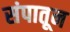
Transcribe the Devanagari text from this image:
संपातून